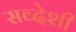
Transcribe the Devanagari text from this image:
सव्देशी